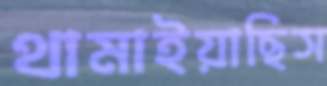
থামাইয়াছিস